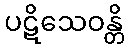
ပဋိသေဝန္တိ